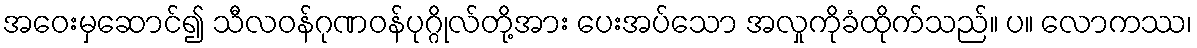
အဝေးမှဆောင်၍ သီလဝန်ဂုဏဝန်ပုဂ္ဂိုလ်တို့အား ပေးအပ်သော အလှုကိုခံထိုက်သည်။ ပ။ လောကဿ၊